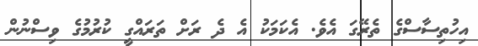
އިހުތިސާސްގެ ތެރޭގަ އެވެ. އެކަމަކު އެ ދެ ރަށް ތަރައްގީ ކުރުމުގެ ވިސްނުން